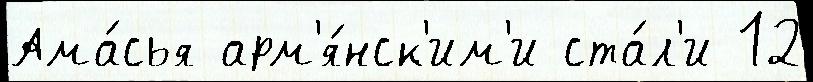
Ама́сья арм'я́нск'им'и ста́л'и 12